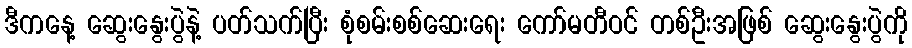
ဒီကနေ့ ဆွေးနွေးပွဲနဲ့ ပတ်သက်ပြီး စုံစမ်းစစ်ဆေးရေး ကော်မတီဝင် တစ်ဦးအဖြစ် ဆွေးနွေးပွဲကို